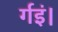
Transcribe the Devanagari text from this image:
र्गइं।